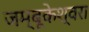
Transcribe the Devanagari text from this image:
जम्बूकेश्‍वरा